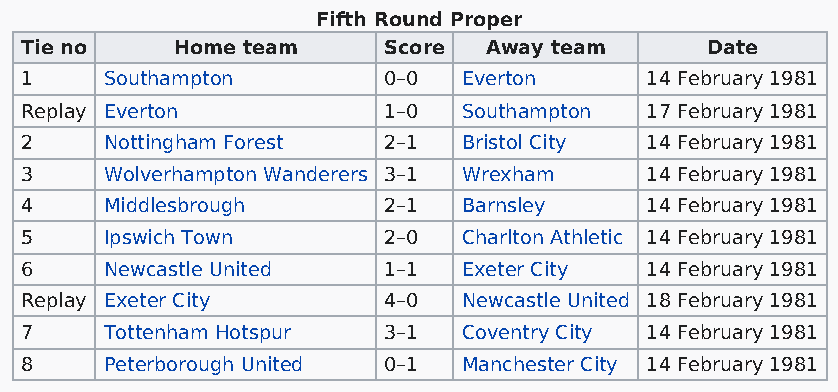
Fifth Round Proper
 Tie no    Home team     Score  Away team      Date
 1     Southampton       0–0   Everton     14 February 1981
 Replay Everton          1–0   Southampton 17 February 1981
 2     Nottingham Forest 2–1   Bristol City 14 February 1981
 3     Wolverhampton Wanderers 3–1 Wrexham 14 February 1981
 4     Middlesbrough     2–1   Barnsley    14 February 1981
 5     Ipswich Town      2–0   Charlton Athletic 14 February 1981
 6     Newcastle United  1–1   Exeter City 14 February 1981
 Replay Exeter City      4–0   Newcastle United 18 February 1981
 7     Tottenham Hotspur 3–1   Coventry City 14 February 1981
 8     Peterborough United 0–1 Manchester City 14 February 1981